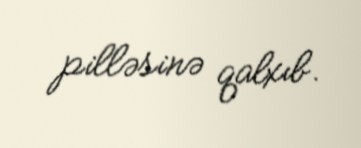
pilləsinə qalxıb.